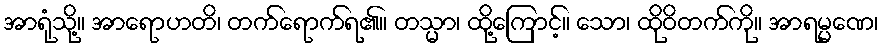
အာရုံသို့။ အာရောဟတိ၊ တက်ရောက်ရ၏။ တသ္မာ၊ ထို့ကြောင့်။ သော၊ ထိုဝိတက်ကို။ အာရမ္မဏေ၊